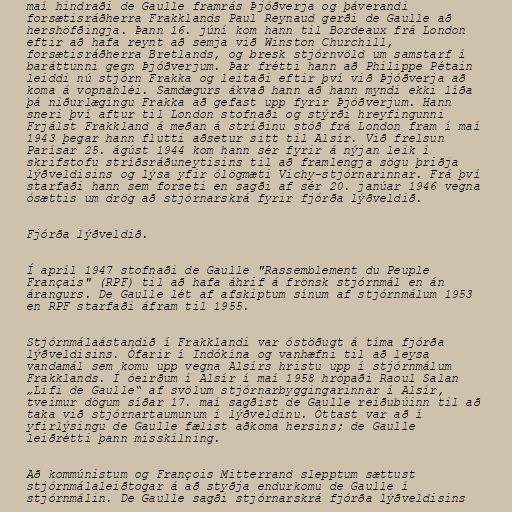
maí hindraði de Gaulle framrás Þjóðverja og þáverandi
forsætisráðherra Frakklands Paul Reynaud gerði de Gaulle að
hershöfðingja. Þann 16. júní kom hann til Bordeaux frá London
eftir að hafa reynt að semja við Winston Churchill,
forsætisráðherra Bretlands, og bresk stjórnvöld um samstarf í
baráttunni gegn Þjóðverjum. Þar frétti hann að Philippe Pétain
leiddi nú stjórn Frakka og leitaði eftir því við Þjóðverja að
koma á vopnahléi. Samdægurs ákvað hann að hann myndi ekki líða
þá niðurlægingu Frakka að gefast upp fyrir Þjóðverjum. Hann
sneri því aftur til London stofnaði og stýrði hreyfingunni
Frjálst Frakkland á meðan á stríðinu stóð frá London fram í maí
1943 þegar hann flutti aðsetur sitt til Alsír. Við frelsun
Parísar 25. ágúst 1944 kom hann sér fyrir á nýjan leik í
skrifstofu stríðsráðuneytisins til að framlengja sögu þriðja
lýðveldisins og lýsa yfir ólögmæti Vichy-stjórnarinnar. Frá því
starfaði hann sem forseti en sagði af sér 20. janúar 1946 vegna
ósættis um drög að stjórnarskrá fyrir fjórða lýðveldið.

Fjórða lýðveldið.

Í apríl 1947 stofnaði de Gaulle "Rassemblement du Peuple
Français" (RPF) til að hafa áhrif á frönsk stjórnmál en án
árangurs. De Gaulle lét af afskiptum sínum af stjórnmálum 1953
en RPF starfaði áfram til 1955.

Stjórnmálaástandið í Frakklandi var óstöðugt á tíma fjórða
lýðveldisins. Ófarir í Indókína og vanhæfni til að leysa
vandamál sem komu upp vegna Alsírs hristu upp í stjórnmálum
Frakklands. Í óeirðum í Alsír í maí 1958 hrópaði Raoul Salan
„Lifi de Gaulle“ af svölum stjórnarbyggingarinnar í Alsír,
tveimur dögum síðar 17. maí sagðist de Gaulle reiðubúinn til að
taka við stjórnartaumunum í lýðveldinu. Óttast var að í
yfirlýsingu de Gaulle fælist aðkoma hersins; de Gaulle
leiðrétti þann misskilning.

Að kommúnistum og François Mitterrand slepptum sættust
stjórnmálaleiðtogar á að styðja endurkomu de Gaulle í
stjórnmálin. De Gaulle sagði stjórnarskrá fjórða lýðveldisins